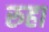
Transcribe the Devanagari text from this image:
रुहा